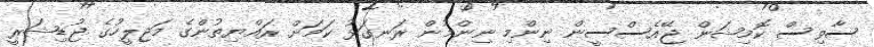
ސާވިސް ކޮމިޝަން ޖޭއެސްސީން ނިންމި ނިންމުން ރަނގަޅު ކަމަށް ރައްޔިތުންގެ މަޖިލީހުގެ ޖުޑިޝަރީ